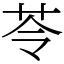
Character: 苓